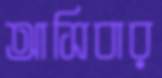
আসিবার